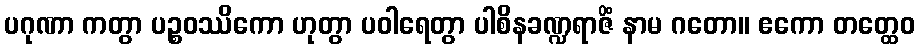
ပဂုဏာ ကတွာ ပဉ္စဝဿိကော ဟုတွာ ပဝါရေတွာ ပါစိနခဏ္ဍရာဇိံ နာမ ဂတော။ ဧကော တတ္ထေဝ